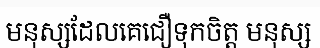
មនុស្សដែលគេជឿទុកចិត្ត មនុស្ស